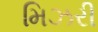
મિઝરી